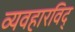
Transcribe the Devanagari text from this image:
व्यवहारविद्